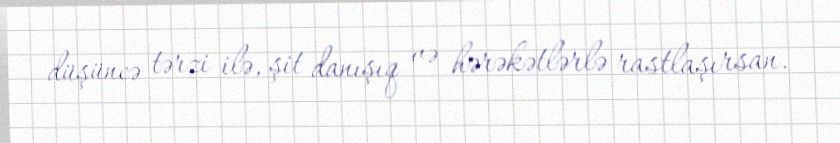
düşüncə tərzi ilə, şit danışıq və hərəkətlərlə rastlaşırsan.